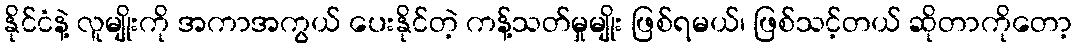
နိုင်ငံနဲ့ လူမျိုးကို အကာအကွယ် ပေးနိုင်တဲ့ ကန့်သတ်မှုမျိုး ဖြစ်ရမယ်၊ ဖြစ်သင့်တယ် ဆိုတာကိုတော့